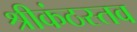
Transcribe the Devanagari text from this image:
श्रीकंठस्तव